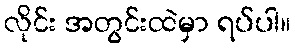
လိုင်း အတွင်းထဲမှာ ရပ်ပါ။